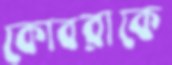
কোবরাকে